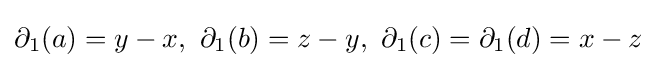
\partial _{1}(a)=y-x,~\partial _{1}(b)=z-y,~\partial _{1}(c)=\partial _{1}(d)=x-z